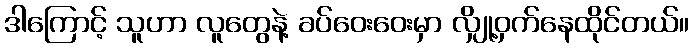
ဒါကြောင့် သူဟာ လူတွေနဲ့ ခပ်ဝေးဝေးမှာ လျှို့ဝှက်နေထိုင်တယ်။